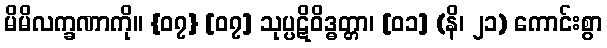
မိမိလက္ခဏာကို။ {၀၇} [၀၇] သုပ္ပဋိဝိဒ္ဓတ္တာ၊ [၀၁] (နိ၊ ၂၁) ကောင်းစွာ